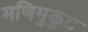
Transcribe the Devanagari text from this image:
मणिमुकुट